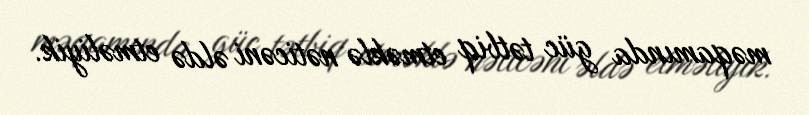
məqamında güc tətbiq etməklə nəticəni əldə etməliyik.